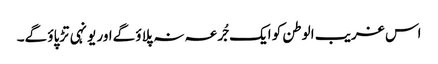
اس غریب الوطن کو ایک جُرعہ نہ پلاؤ گےاور یونہی تڑپاؤ گے۔